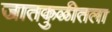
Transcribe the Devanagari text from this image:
जातकुळीतला